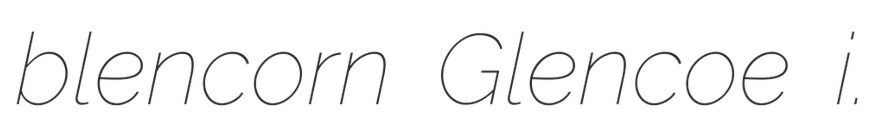
blencorn Glencoe i.